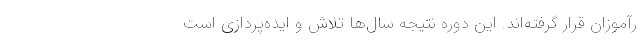
رآموزان قرار گرفته‌اند. این دوره نتیجه سال‌ها تلاش و ایده‌پردازی است